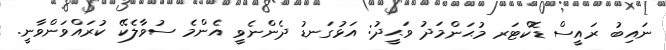
ނައިބު ރައީސް ޑޮކްޓަރ މުޙަންމަދު ވަޙީދު: އަޅުގަނޑު ދެންނެވީ އެންމެ ސުވާލެކޭ ކުރައްވަންވާނީ.